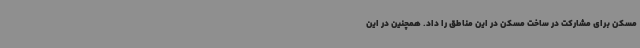
مسکن برای مشارکت در ساخت مسکن در این مناطق را داد. همچنین در این